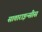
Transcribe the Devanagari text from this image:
साताराइन्सीस